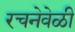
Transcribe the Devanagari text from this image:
रचनेवेळी